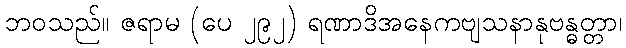
ဘဝသည်။ ဇရာမ (ပေ ၂၉၂) ရဏာဒိအနေကဗျသနာနုဗန္ဓတ္တာ၊